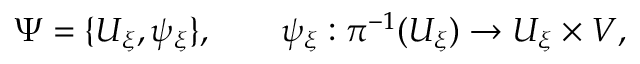
\Psi = \{ U _ { \xi } , \psi _ { \xi } \} , \qquad \psi _ { \xi } : \pi ^ { - 1 } ( U _ { \xi } ) \to U _ { \xi } \times V ,